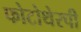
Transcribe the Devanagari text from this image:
फोटोथेरपी